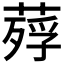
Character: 𦹡